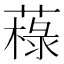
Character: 𦼋